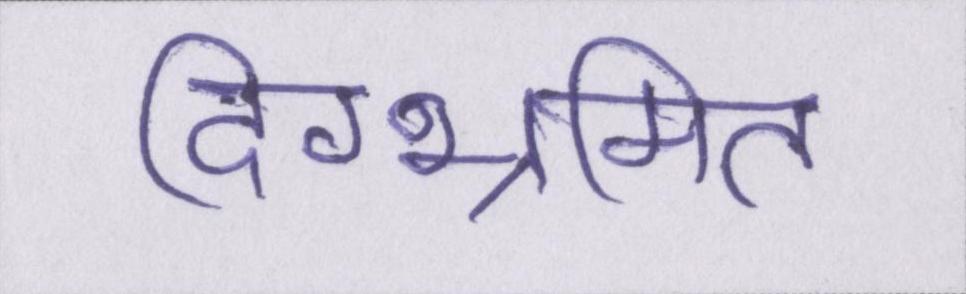
दिग्भ्रमित